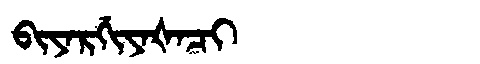
Manchu: ᠪᡳᠶᠠᡵᡤᡳᠶᠠᡧᠠᠴᡳ
Romanization: BIYARGIYAŠACI